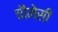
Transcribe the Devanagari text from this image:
चौमेसी